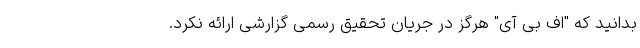
بدانید که "اف بی آی" هرگز در جریان تحقیق رسمی گزارشی ارائه نکرد.